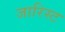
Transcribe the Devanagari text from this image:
जारिस्ट